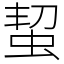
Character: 蛪